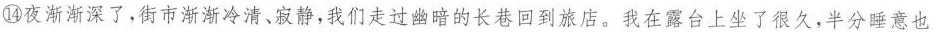
⑭夜渐渐深了，街市渐渐冷清、寂静。我们走过幽暗的长巷回到旅店。我在露台上坐了很久，半分睡意也